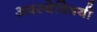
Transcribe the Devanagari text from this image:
अवस्थेविषयी